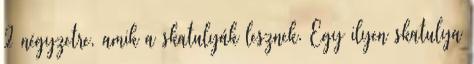
2 négyzetre, amik a skatulyák lesznek. Egy ilyen skatulya